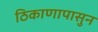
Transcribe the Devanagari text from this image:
ठिकाणापासुन